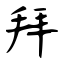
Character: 拜